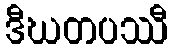
ဒီဃတပဿီ